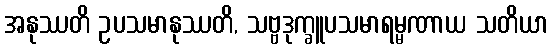
အနုဿတိ ဥပသမာနုဿတိ, သဗ္ဗဒုက္ခူပသမာရမ္မဏာယ သတိယာ